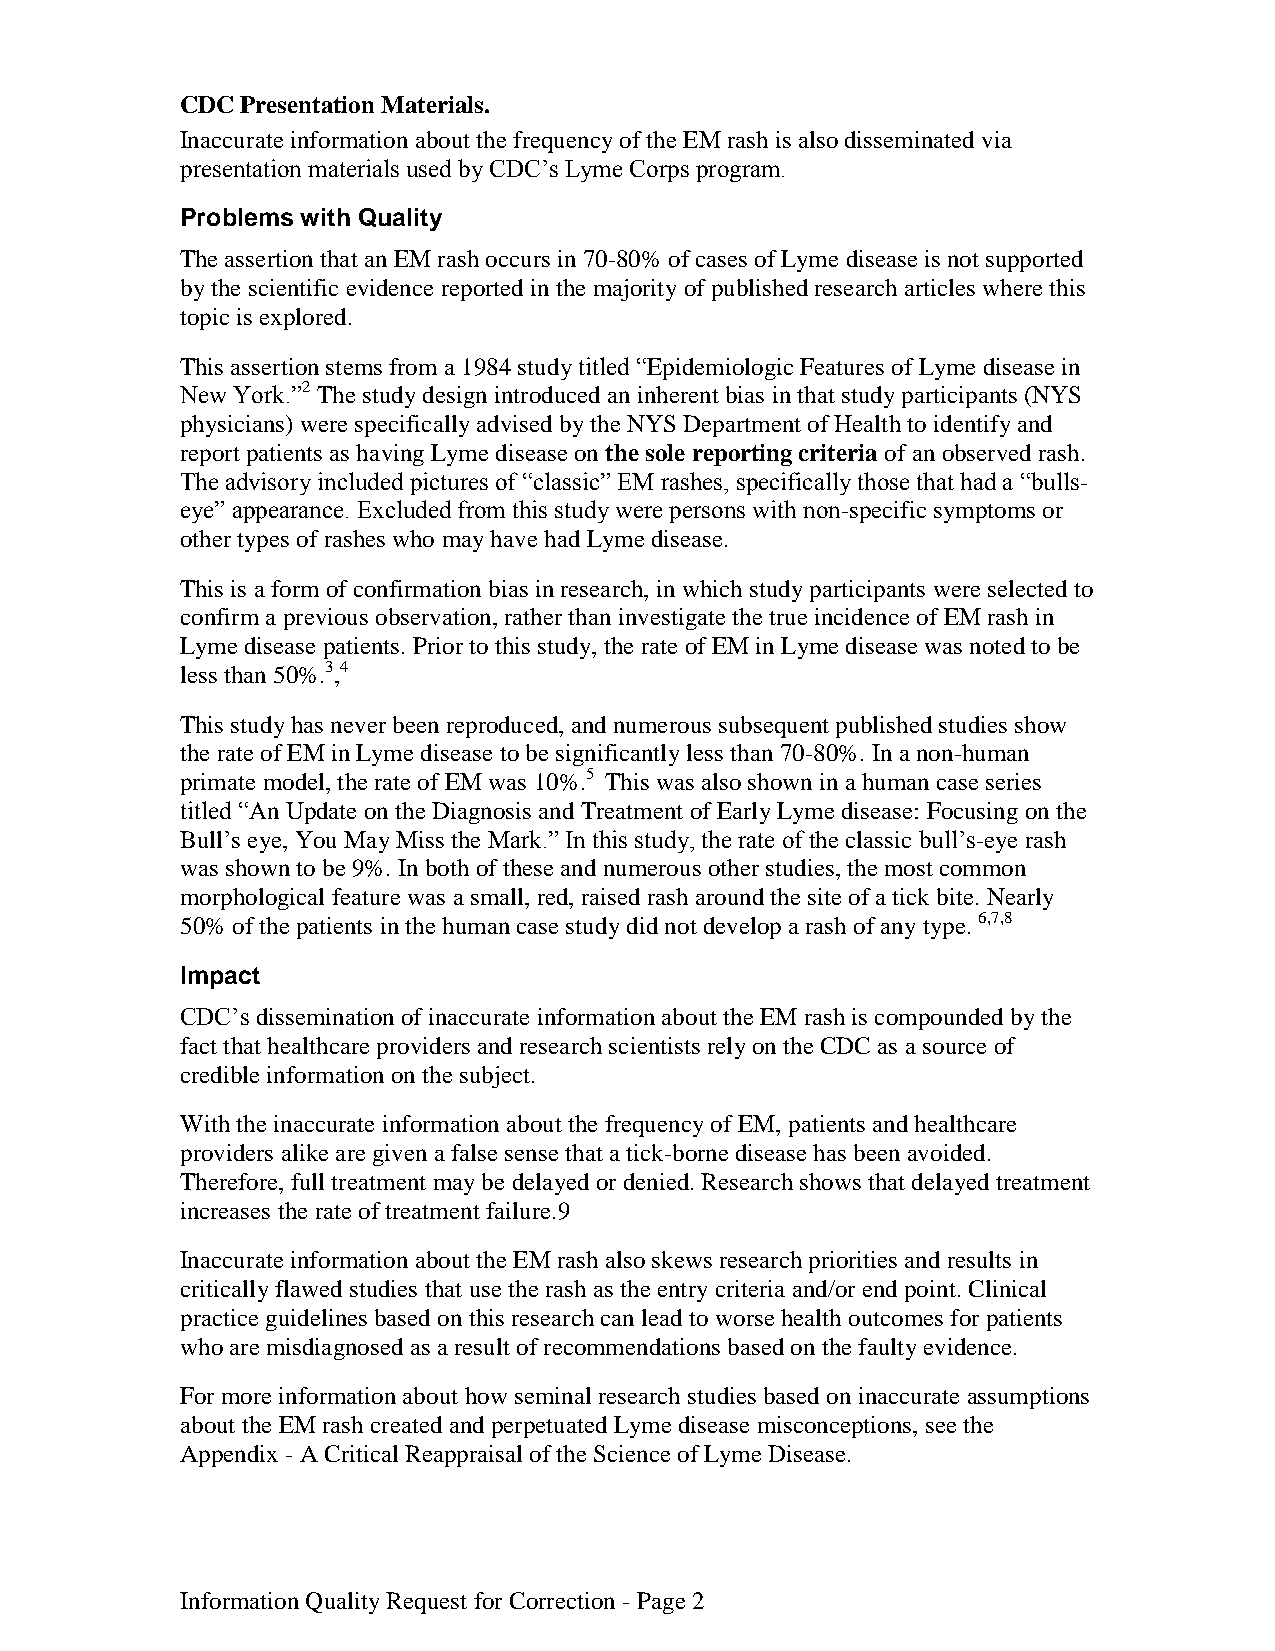
CDC Presentation Materials.
 Inaccurate information about the frequency of the EM rash is also disseminated via
 presentation materials used by CDC’s Lyme Corps program.
 Problems with Quality
 The assertion that an EM rash occurs in 70-80% of cases of Lyme disease is not supported
 by the scientific evidence reported in the majority of published research articles where this
 topic is explored.
 This assertion stems from a 1984 study titled “Epidemiologic Features of Lyme disease in
 New York.”2 The study design introduced an inherent bias in that study participants (NYS
 physicians) were specifically advised by the NYS Department of Health to identify and
 report patients as having Lyme disease on the sole reporting criteria of an observed rash.
 The advisory included pictures of “classic” EM rashes, specifically those that had a “bulls-
 eye” appearance. Excluded from this study were persons with non-specific symptoms or
 other types of rashes who may have had Lyme disease.
 This is a form of confirmation bias in research, in which study participants were selected to
 confirm a previous observation, rather than investigate the true incidence of EM rash in
 Lyme disease patients. Prior to this study, the rate of EM in Lyme disease was noted to be
 less than 50%.3,4
 This study has never been reproduced, and numerous subsequent published studies show
 the rate of EM in Lyme disease to be significantly less than 70-80%. In a non-human
 primate model, the rate of EM was 10%.5 This was also shown in a human case series
 titled “An Update on the Diagnosis and Treatment of Early Lyme disease: Focusing on the
 Bull’s eye, You May Miss the Mark.” In this study, the rate of the classic bull’s-eye rash
 was shown to be 9%. In both of these and numerous other studies, the most common
 morphological feature was a small, red, raised rash around the site of a tick bite. Nearly
 50% of the patients in the human case study did not develop a rash of any type. 6,7,8
 Impact
 CDC’s dissemination of inaccurate information about the EM rash is compounded by the
 fact that healthcare providers and research scientists rely on the CDC as a source of
 credible information on the subject.
 With the inaccurate information about the frequency of EM, patients and healthcare
 providers alike are given a false sense that a tick-borne disease has been avoided.
 Therefore, full treatment may be delayed or denied. Research shows that delayed treatment
 increases the rate of treatment failure.9
 Inaccurate information about the EM rash also skews research priorities and results in
 critically flawed studies that use the rash as the entry criteria and/or end point. Clinical
 practice guidelines based on this research can lead to worse health outcomes for patients
 who are misdiagnosed as a result of recommendations based on the faulty evidence.
 For more information about how seminal research studies based on inaccurate assumptions
 about the EM rash created and perpetuated Lyme disease misconceptions, see the
 Appendix - A Critical Reappraisal of the Science of Lyme Disease.
 Information Quality Request for Correction - Page 2